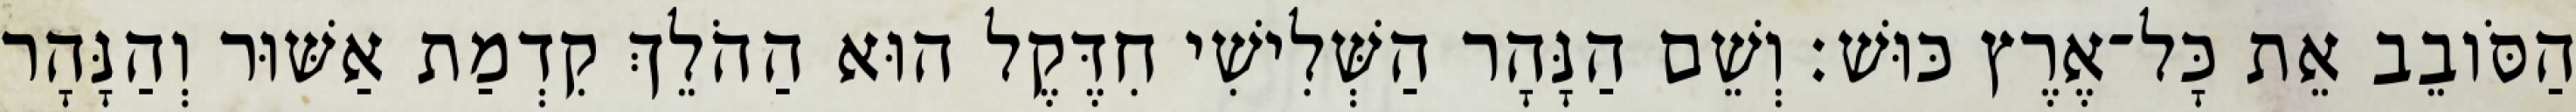
הַסֹּובֵב אֵת כָּל־אֶרֶץ כּוּשׁ׃ וְשֵׁם הַנָּהָר הַשְּׁלִישִׁי חִדֶּקֶל הוּא הַהֹלֵךְ קִדְמַת אַשּׁוּר וְהַנָּהָר